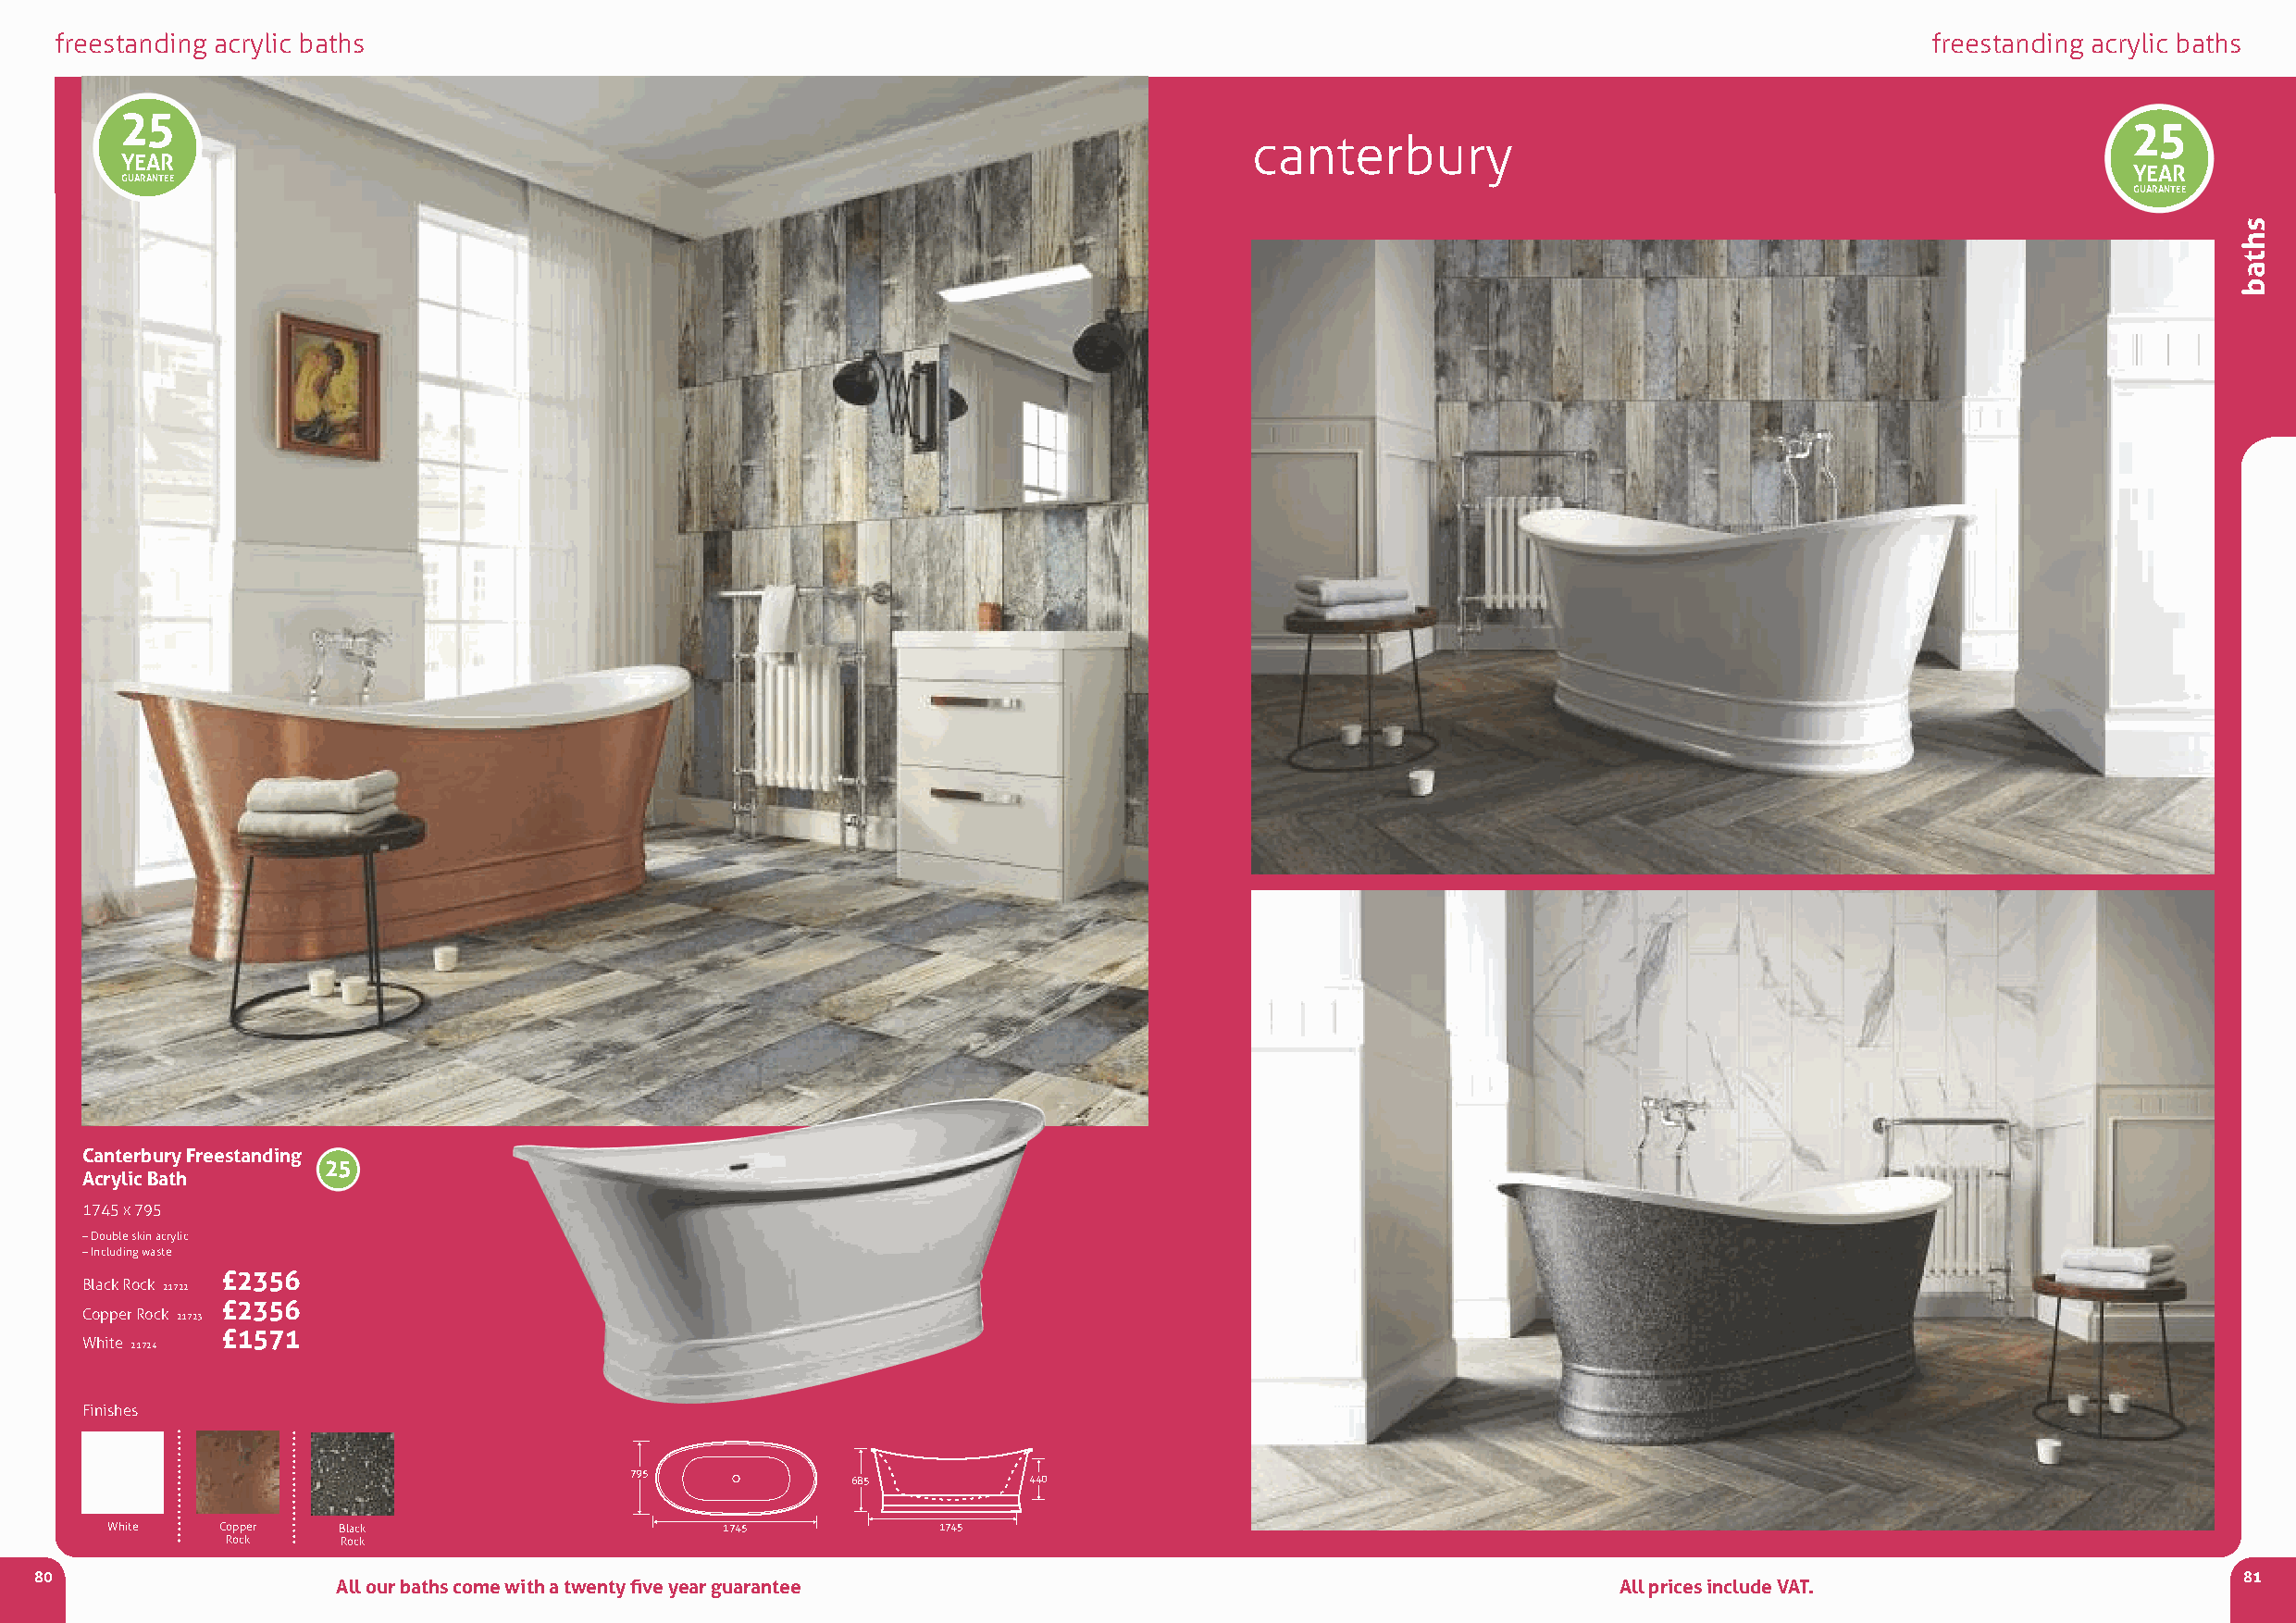
freestanding acrylic baths                                                                                                            freestanding acrylic baths
 25
 25
 canterbury
 YEAR
 YEAR
 GUARANTEE
 GUARANTEE
 Canterbury Freestanding
 25
 Acrylic Bath
 1745 x 795
 –Double skin acrylic
 –including waste
 £2356
 Black rock 21722
 £2356
 copper rock 21723
 £1571
 White 21724
 Finishes
 795
 685          440
 White   copper  Black                       1745           1745
 rock    rock
 80                                                                                                                                                            81
 All our baths come with a twenty five year guarantee                                        All prices include VAT.
 shtab